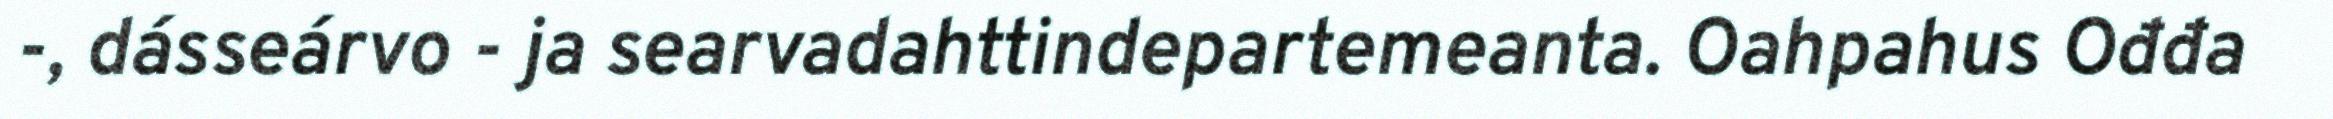
-, dásseárvo - ja searvadahttindepartemeanta. Oahpahus Ođđa